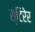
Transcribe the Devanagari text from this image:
स्टिरेर